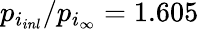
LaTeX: p_{i_{inl}}/p_{i_{\infty}}=1.605